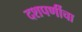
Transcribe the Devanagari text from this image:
दशपर्णीचा